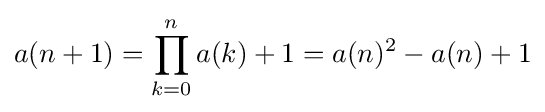
a(n+1)=\prod _{k=0}^{n}a(k)+1=a(n)^{2}-a(n)+1